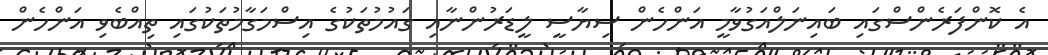
އެ ކޮންފަރެންސްގައި ބައިނަލްއަގުވާމީ އަންހެން ސިޔާސީ ލީޑަރުންނާއި ގައުމުތަކުގެ އިސްމަގާމުތަކުގައި ތިއްބެވި އަންހެން